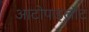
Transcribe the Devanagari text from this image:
आटोपाइलॉट